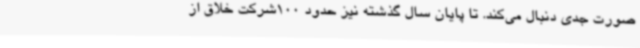
صورت جدی دنبال می‌کند. تا پایان سال گذشته نیز حدود 100شرکت خلاق از